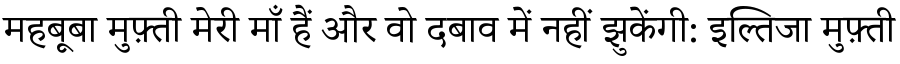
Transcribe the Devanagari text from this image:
महबूबा मुफ़्ती मेरी माँ हैं और वो दबाव में नहीं झुकेंगी: इल्तिजा मुफ़्ती